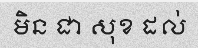
មិន ជា សុខ ដល់